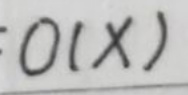
$O(X)$